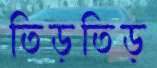
তিড়তিড়